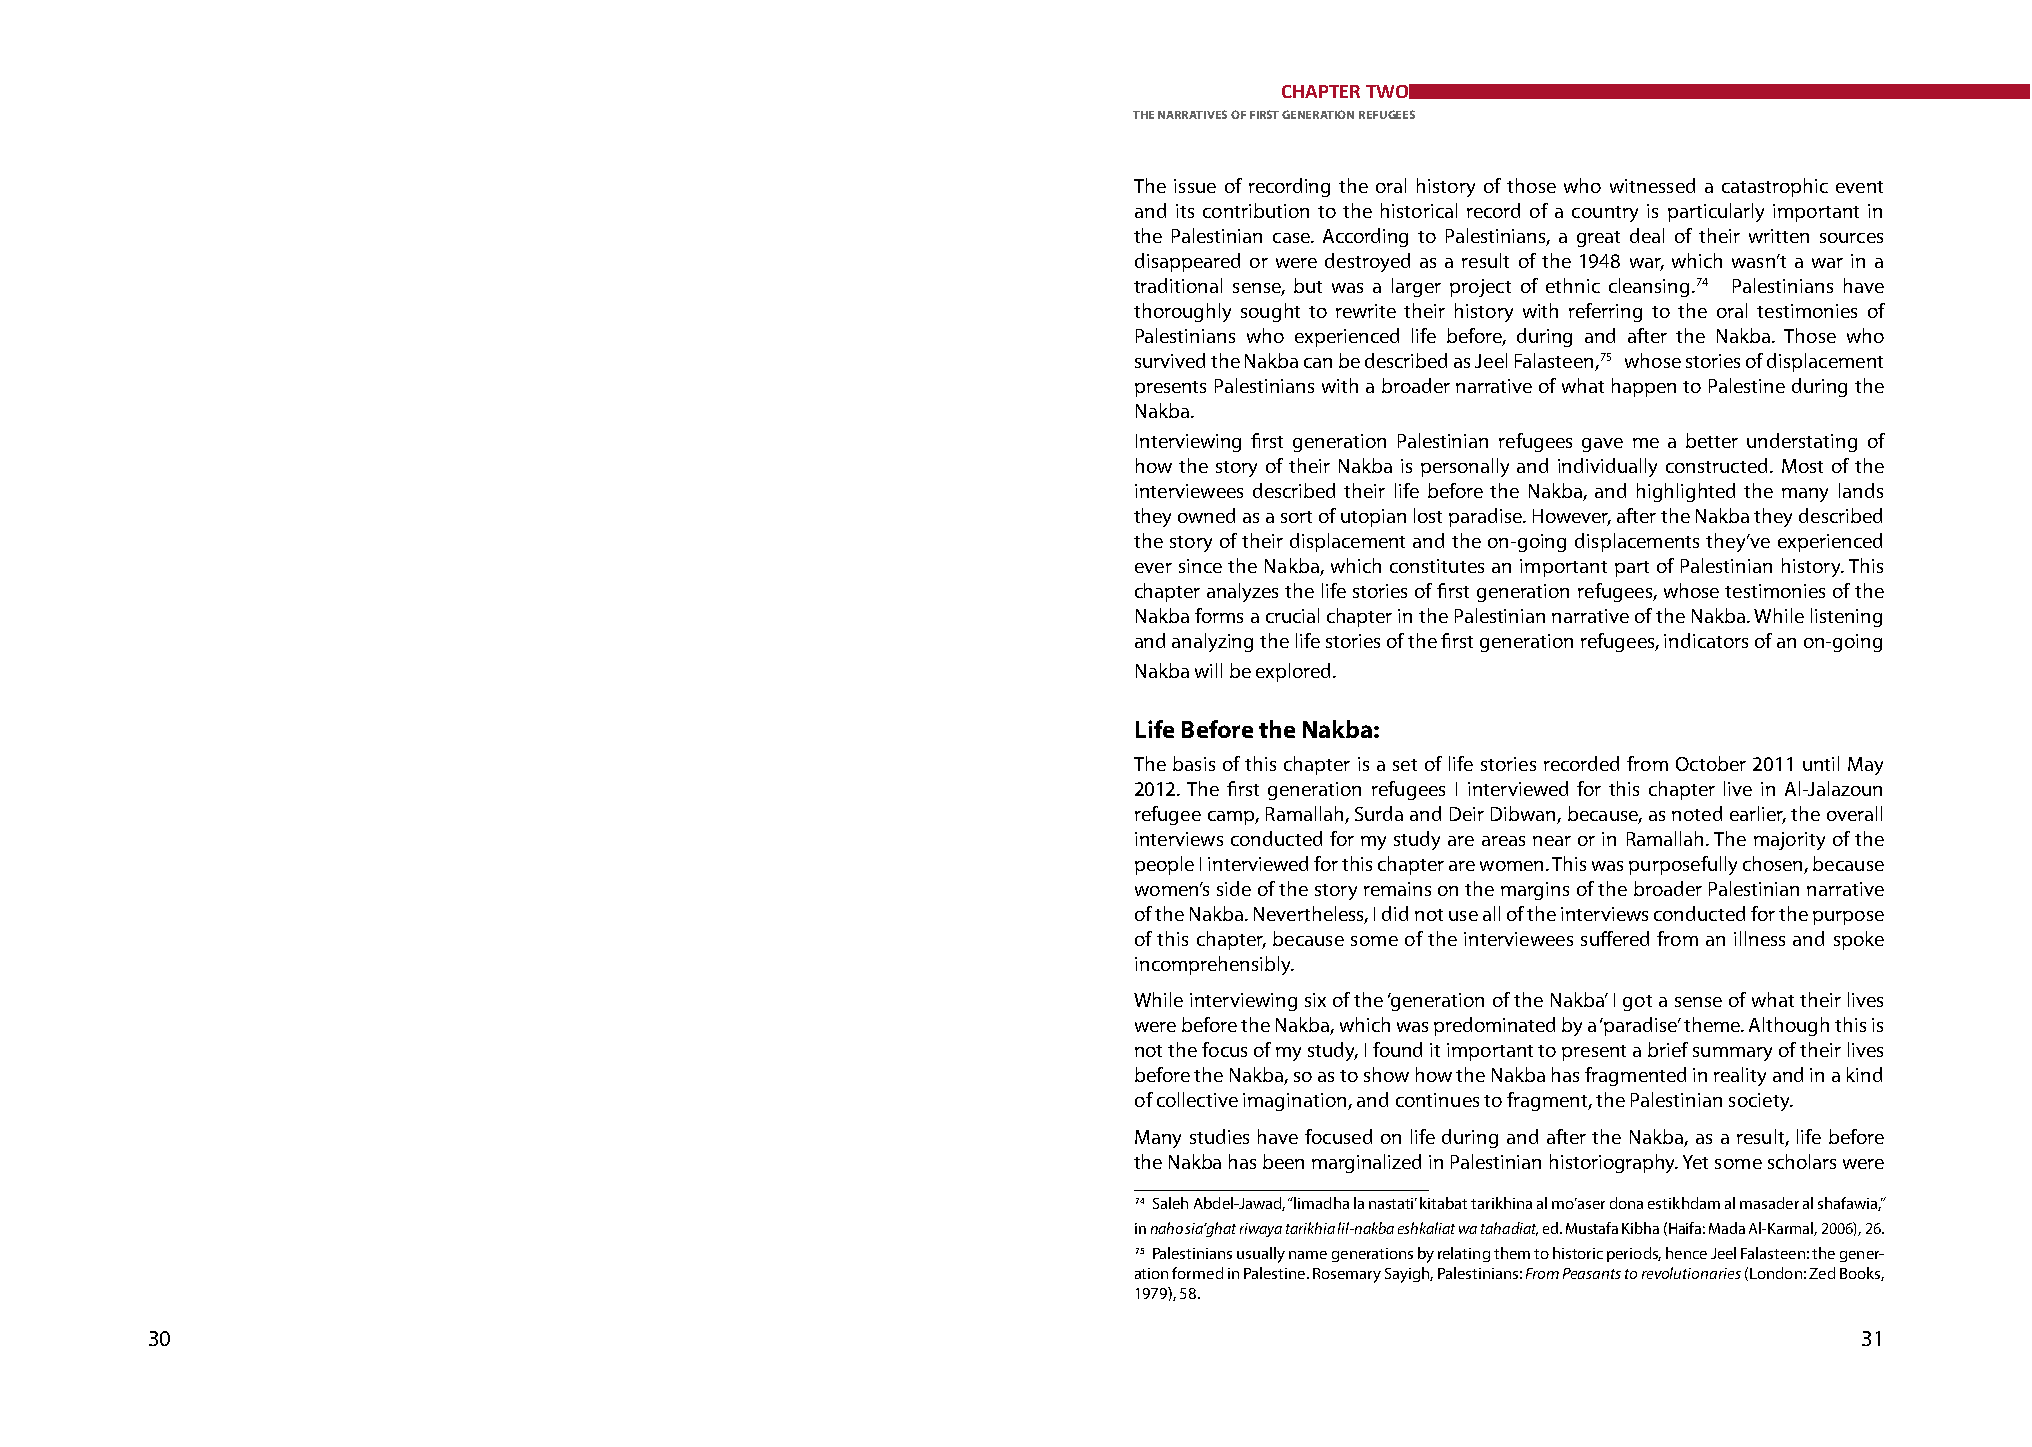
CHAPTER TWO
 ThE NARRATIvES Of fIRST GENERATION REfuGEES
 The issue of recording the oral history of those who witnessed a catastrophic event
 and its contribution to the historical record of a country is particularly important in
 the Palestinian case. According to Palestinians, a great deal of their written sources
 disappeared or were destroyed as a result of the 1948 war, which wasn’t a war in a
 traditional sense, but was a larger project of ethnic cleansing. 74 Palestinians have
 thoroughly sought to rewrite their history with referring to the oral testimonies of
 Palestinians who experienced life before, during and after the Nakba. Those who
 survived the Nakba can be described as Jeel Falasteen, 75 whose stories of displacement
 presents Palestinians with a broader narrative of what happen to Palestine during the
 Nakba.
 Interviewing first generation Palestinian refugees gave me a better understating of
 how the story of their Nakba is personally and individually constructed. Most of the
 interviewees described their life before the Nakba, and highlighted the many lands
 they owned as a sort of utopian lost paradise. However, after the Nakba they described
 the story of their displacement and the on-going displacements they’ve experienced
 ever since the Nakba, which constitutes an important part of Palestinian history. This
 chapter analyzes the life stories of first generation refugees, whose testimonies of the
 Nakba forms a crucial chapter in the Palestinian narrative of the Nakba. While listening
 and analyzing the life stories of the first generation refugees, indicators of an on-going
 Nakba will be explored.
 life Before the Nakba:
 The basis of this chapter is a set of life stories recorded from October 2011 until May
 2012. The first generation refugees I interviewed for this chapter live in Al-Jalazoun
 refugee camp, Ramallah, Surda and Deir Dibwan, because, as noted earlier, the overall
 interviews conducted for my study are areas near or in Ramallah. The majority of the
 people I interviewed for this chapter are women. This was purposefully chosen, because
 women’s side of the story remains on the margins of the broader Palestinian narrative
 of the Nakba. Nevertheless, I did not use all of the interviews conducted for the purpose
 of this chapter, because some of the interviewees suffered from an illness and spoke
 incomprehensibly.
 While interviewing six of the ‘generation of the Nakba’ I got a sense of what their lives
 were before the Nakba, which was predominated by a ‘paradise’ theme. Although this is
 not the focus of my study, I found it important to present a brief summary of their lives
 before the Nakba, so as to show how the Nakba has fragmented in reality and in a kind
 of collective imagination, and continues to fragment, the Palestinian society.
 Many studies have focused on life during and after the Nakba, as a result, life before
 the Nakba has been marginalized in Palestinian historiography. Yet some scholars were
 74 Saleh Abdel-Jawad, “limadha la nastati’ kitabat tarikhina al mo’aser dona estikhdam al masader al shafawia,”
 in naho sia’ghat riwaya tarikhia lil-nakba eshkaliat wa tahadiat, ed. Mustafa Kibha (Haifa: Mada Al-Karmal, 2006), 26.
 75 Palestinians usually name generations by relating them to historic periods, hence Jeel Falasteen: the gener-
 ation formed in Palestine. Rosemary Sayigh, Palestinians: From Peasants to revolutionaries (London: Zed Books,
 1979), 58.
 30                                                                                                               31